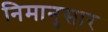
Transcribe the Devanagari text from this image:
निमानुसार